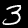
Digit: 3